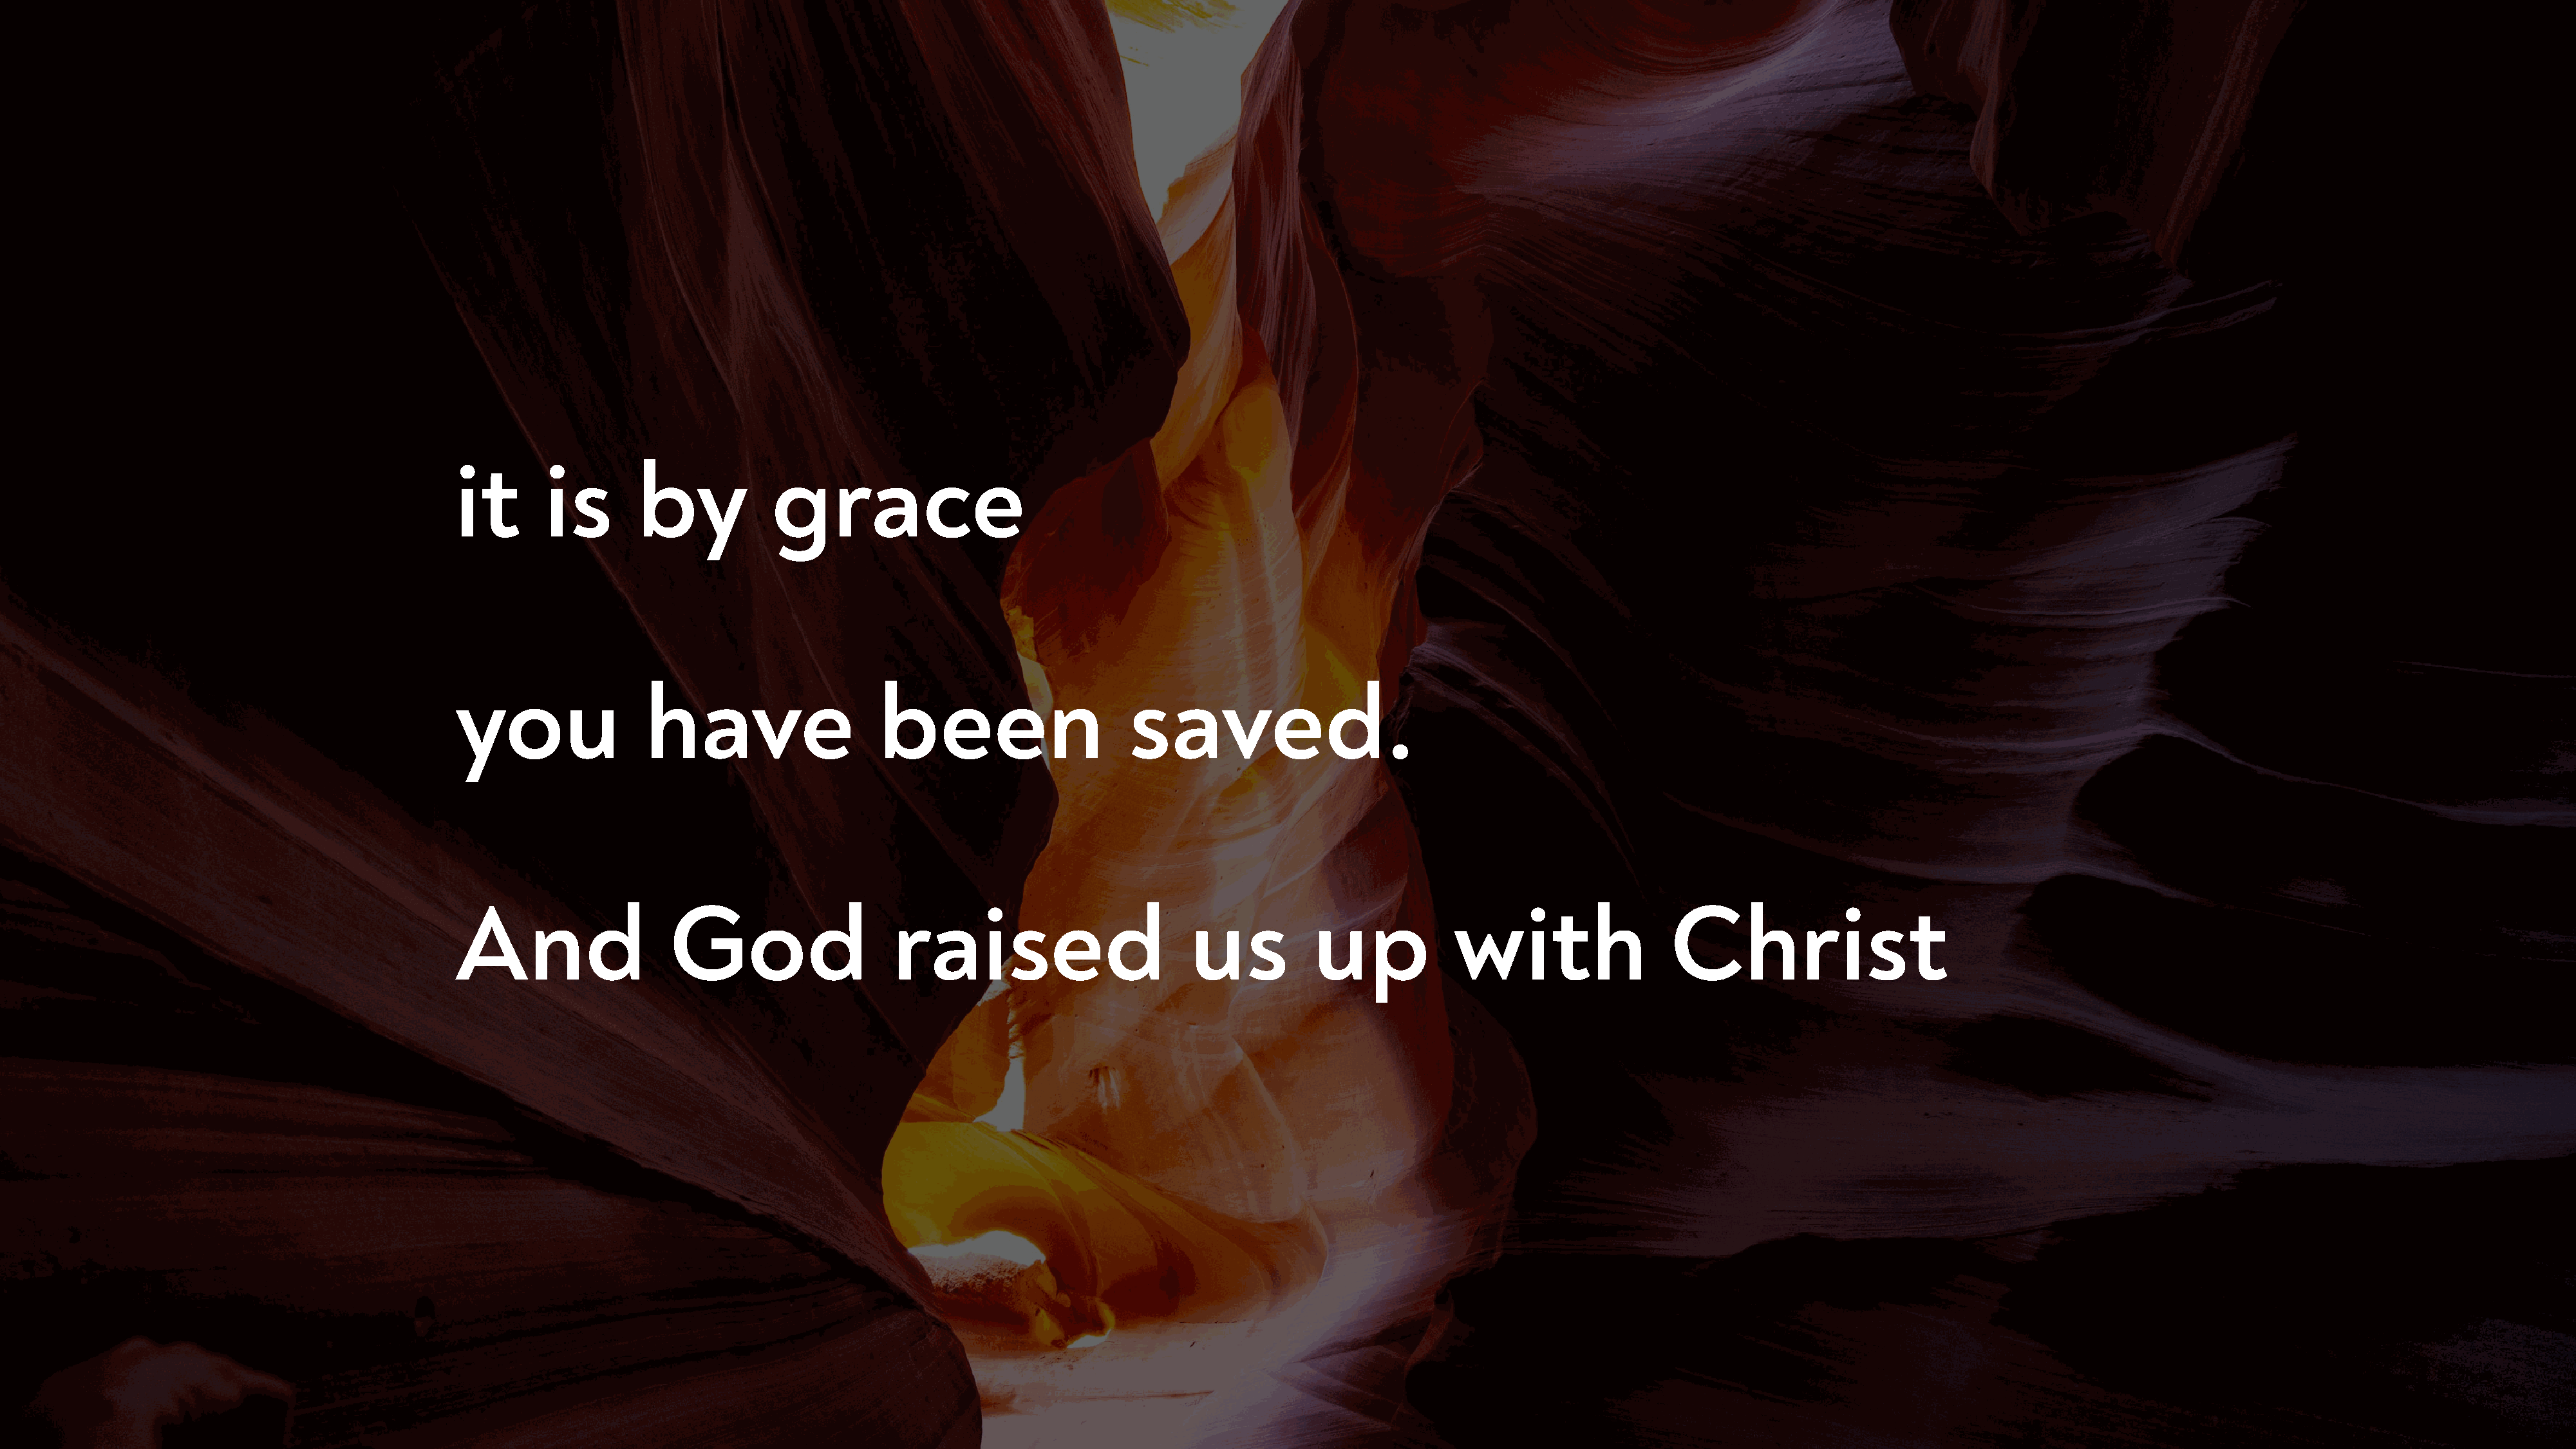
it       is       by            grace
 you                have                    been                      saved.
 And                   God                    raised                        us           up            with                   Christ